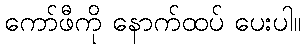
ကော်ဖီကို နောက်ထပ် ပေးပါ။